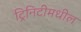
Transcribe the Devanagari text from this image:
ट्रिनिटीमधील